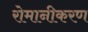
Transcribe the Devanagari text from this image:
रोमानीकरण